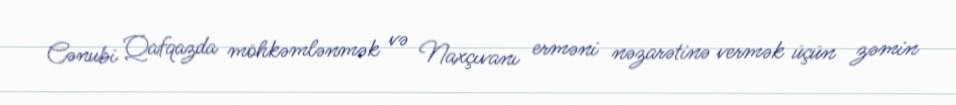
Cənubi Qafqazda möhkəmlənmək və Naxçıvanı erməni nəzarətinə vermək üçün zəmin